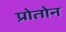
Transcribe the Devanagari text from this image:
प्रोतोन